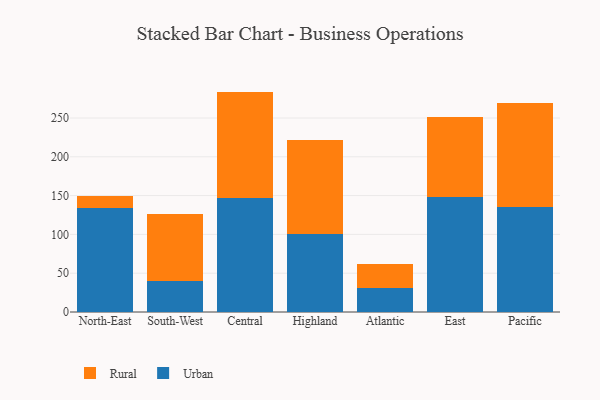
{"axis": {"x": "Region", "y": "Customer Acquisition Cost (USD)"}, "legend": ["Rural", "Urban"], "data": [{"x": "North-East", "y": 133.4, "type": "Urban"}, {"x": "North-East", "y": 15.7, "type": "Rural"}, {"x": "South-West", "y": 40.0, "type": "Urban"}, {"x": "South-West", "y": 86.4, "type": "Rural"}, {"x": "Central", "y": 147.2, "type": "Urban"}, {"x": "Central", "y": 136.8, "type": "Rural"}, {"x": "Highland", "y": 100.2, "type": "Urban"}, {"x": "Highland", "y": 121.5, "type": "Rural"}, {"x": "Atlantic", "y": 31.0, "type": "Urban"}, {"x": "Atlantic", "y": 30.5, "type": "Rural"}, {"x": "East", "y": 148.3, "type": "Urban"}, {"x": "East", "y": 102.5, "type": "Rural"}, {"x": "Pacific", "y": 135.5, "type": "Urban"}, {"x": "Pacific", "y": 133.8, "type": "Rural"}]}